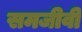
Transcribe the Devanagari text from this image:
समजीवी